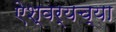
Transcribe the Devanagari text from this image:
ऐश्वर्यच्या